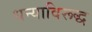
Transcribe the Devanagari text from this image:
धन्याविरूद्ध